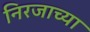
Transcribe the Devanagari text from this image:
निरजाच्या